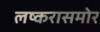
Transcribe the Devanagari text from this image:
लष्करासमोर